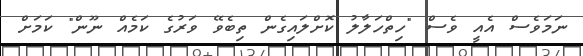
ނަމަވެސް އެއީ ވެސް "ހިތްހަލާލު ކޮށްލައިގެން ތިބެވޭ ވަރުގެ ކަމެއް ނޫން" ކަމަށް